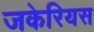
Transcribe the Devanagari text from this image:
जकेरियस